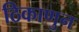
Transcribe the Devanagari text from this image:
ठिकाणुन